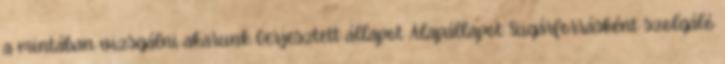
a mintában vizsgálni akarunk Gerjesztett állapot Alapállapot Sugárforrásként szolgáló